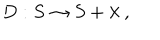
LaTeX: D : S \rightarrow S + \lambda \ ,